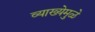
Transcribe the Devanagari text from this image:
व्याख्येमुळे